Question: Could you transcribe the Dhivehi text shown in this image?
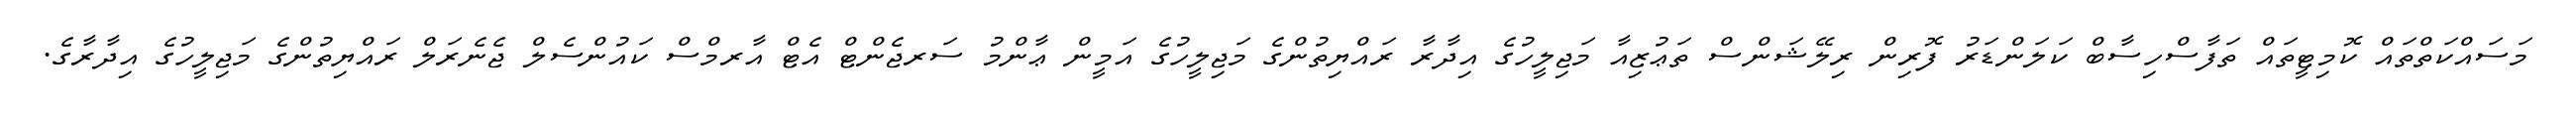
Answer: މަސައްކަތްތައް ކޮމިޓީތައް ތަފާސްހިސާބް ކަލަންޑަރު ފޮރިން ރިލޭޝަންސް ތަޢުޒިއާ މަޖިލީހުގެ އިދާރާ ރައްޔިތުންގެ މަޖިލީހުގެ އަމީން ޢާންމު ސަރޖެންޓް އެޓް އާރމްސް ކައުންސެލް ޖެނެރަލް ރައްޔިތުންގެ މަޖިލީހުގެ އިދާރާގެ.